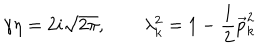
LaTeX: \gamma \eta = 2 i \sqrt { 2 \pi } , \qquad \lambda _ { k } ^ { 2 } = 1 - \frac { 1 } { 2 } \vec { p } _ { k } ^ { 2 }